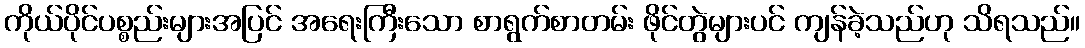
ကိုယ်ပိုင်ပစ္စည်းများအပြင် အရေးကြီးသော စာရွက်စာတမ်း ဖိုင်တွဲများပင် ကျန်ခဲ့သည်ဟု သိရသည်။